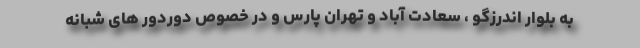
به بلوار اندرزگو ، سعادت آباد و تهران پارس و در خصوص دوردور های شبانه